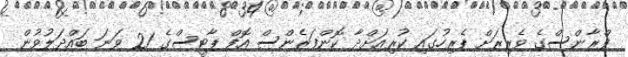
ފްރާންސްގެ ވެރިރަށް ޕެރިހުގައި ކުރިއަށްދާ ކޮންފަރެންސް އޮފް ޕާޓީސްގެ 21 ވަނަ ބައްދަލުވުން